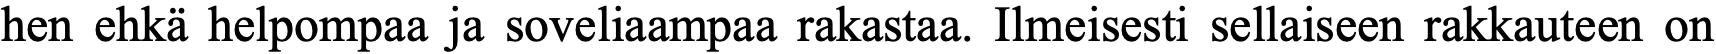
hen ehkä helpompaa ja soveliaampaa rakastaa. Ilmeisesti sellaiseen rakkauteen on